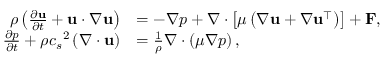
\begin{array} { r l } { \rho \left( \frac { \partial \mathbf { u } } { \partial t } + \mathbf { u } \cdot \nabla \mathbf { u } \right) } & { = - \nabla p + \nabla \cdot \left[ \mu \left( \nabla \mathbf { u } + \nabla \mathbf { u } ^ { \intercal } \right) \right] + \mathbf { F } , } \\ { \frac { \partial p } { \partial t } + \rho { c _ { s } } ^ { 2 } \left( \nabla \cdot \mathbf { u } \right) } & { = \frac { 1 } { \rho } \nabla \cdot \left( \mu \nabla p \right) , } \end{array}